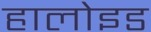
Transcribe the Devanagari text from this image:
हालोइड